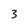
Character: 3